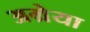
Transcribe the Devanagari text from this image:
अम्रेया